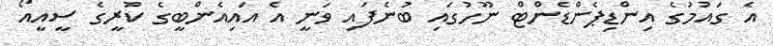
އެ ގައުމުގެ އިންޑިޕެންޑެންޓް ނޫހުގައި ބުނެފައި ވަނީ އެ އައިއެންބީގެ ކުރީގެ ސީއީއޯ